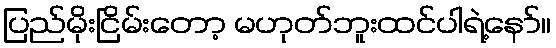
ပြည်မိုးငြိမ်းတော့ မဟုတ်ဘူးထင်ပါရဲ့နော်။